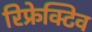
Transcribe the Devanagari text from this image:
रिफ्रेक्टिव